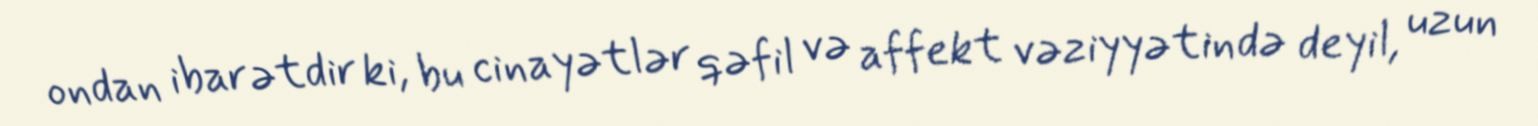
ondan ibarətdir ki, bu cinayətlər qəfil və affekt vəziyyətində deyil, uzun